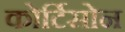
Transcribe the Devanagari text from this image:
कोर्टिसोन